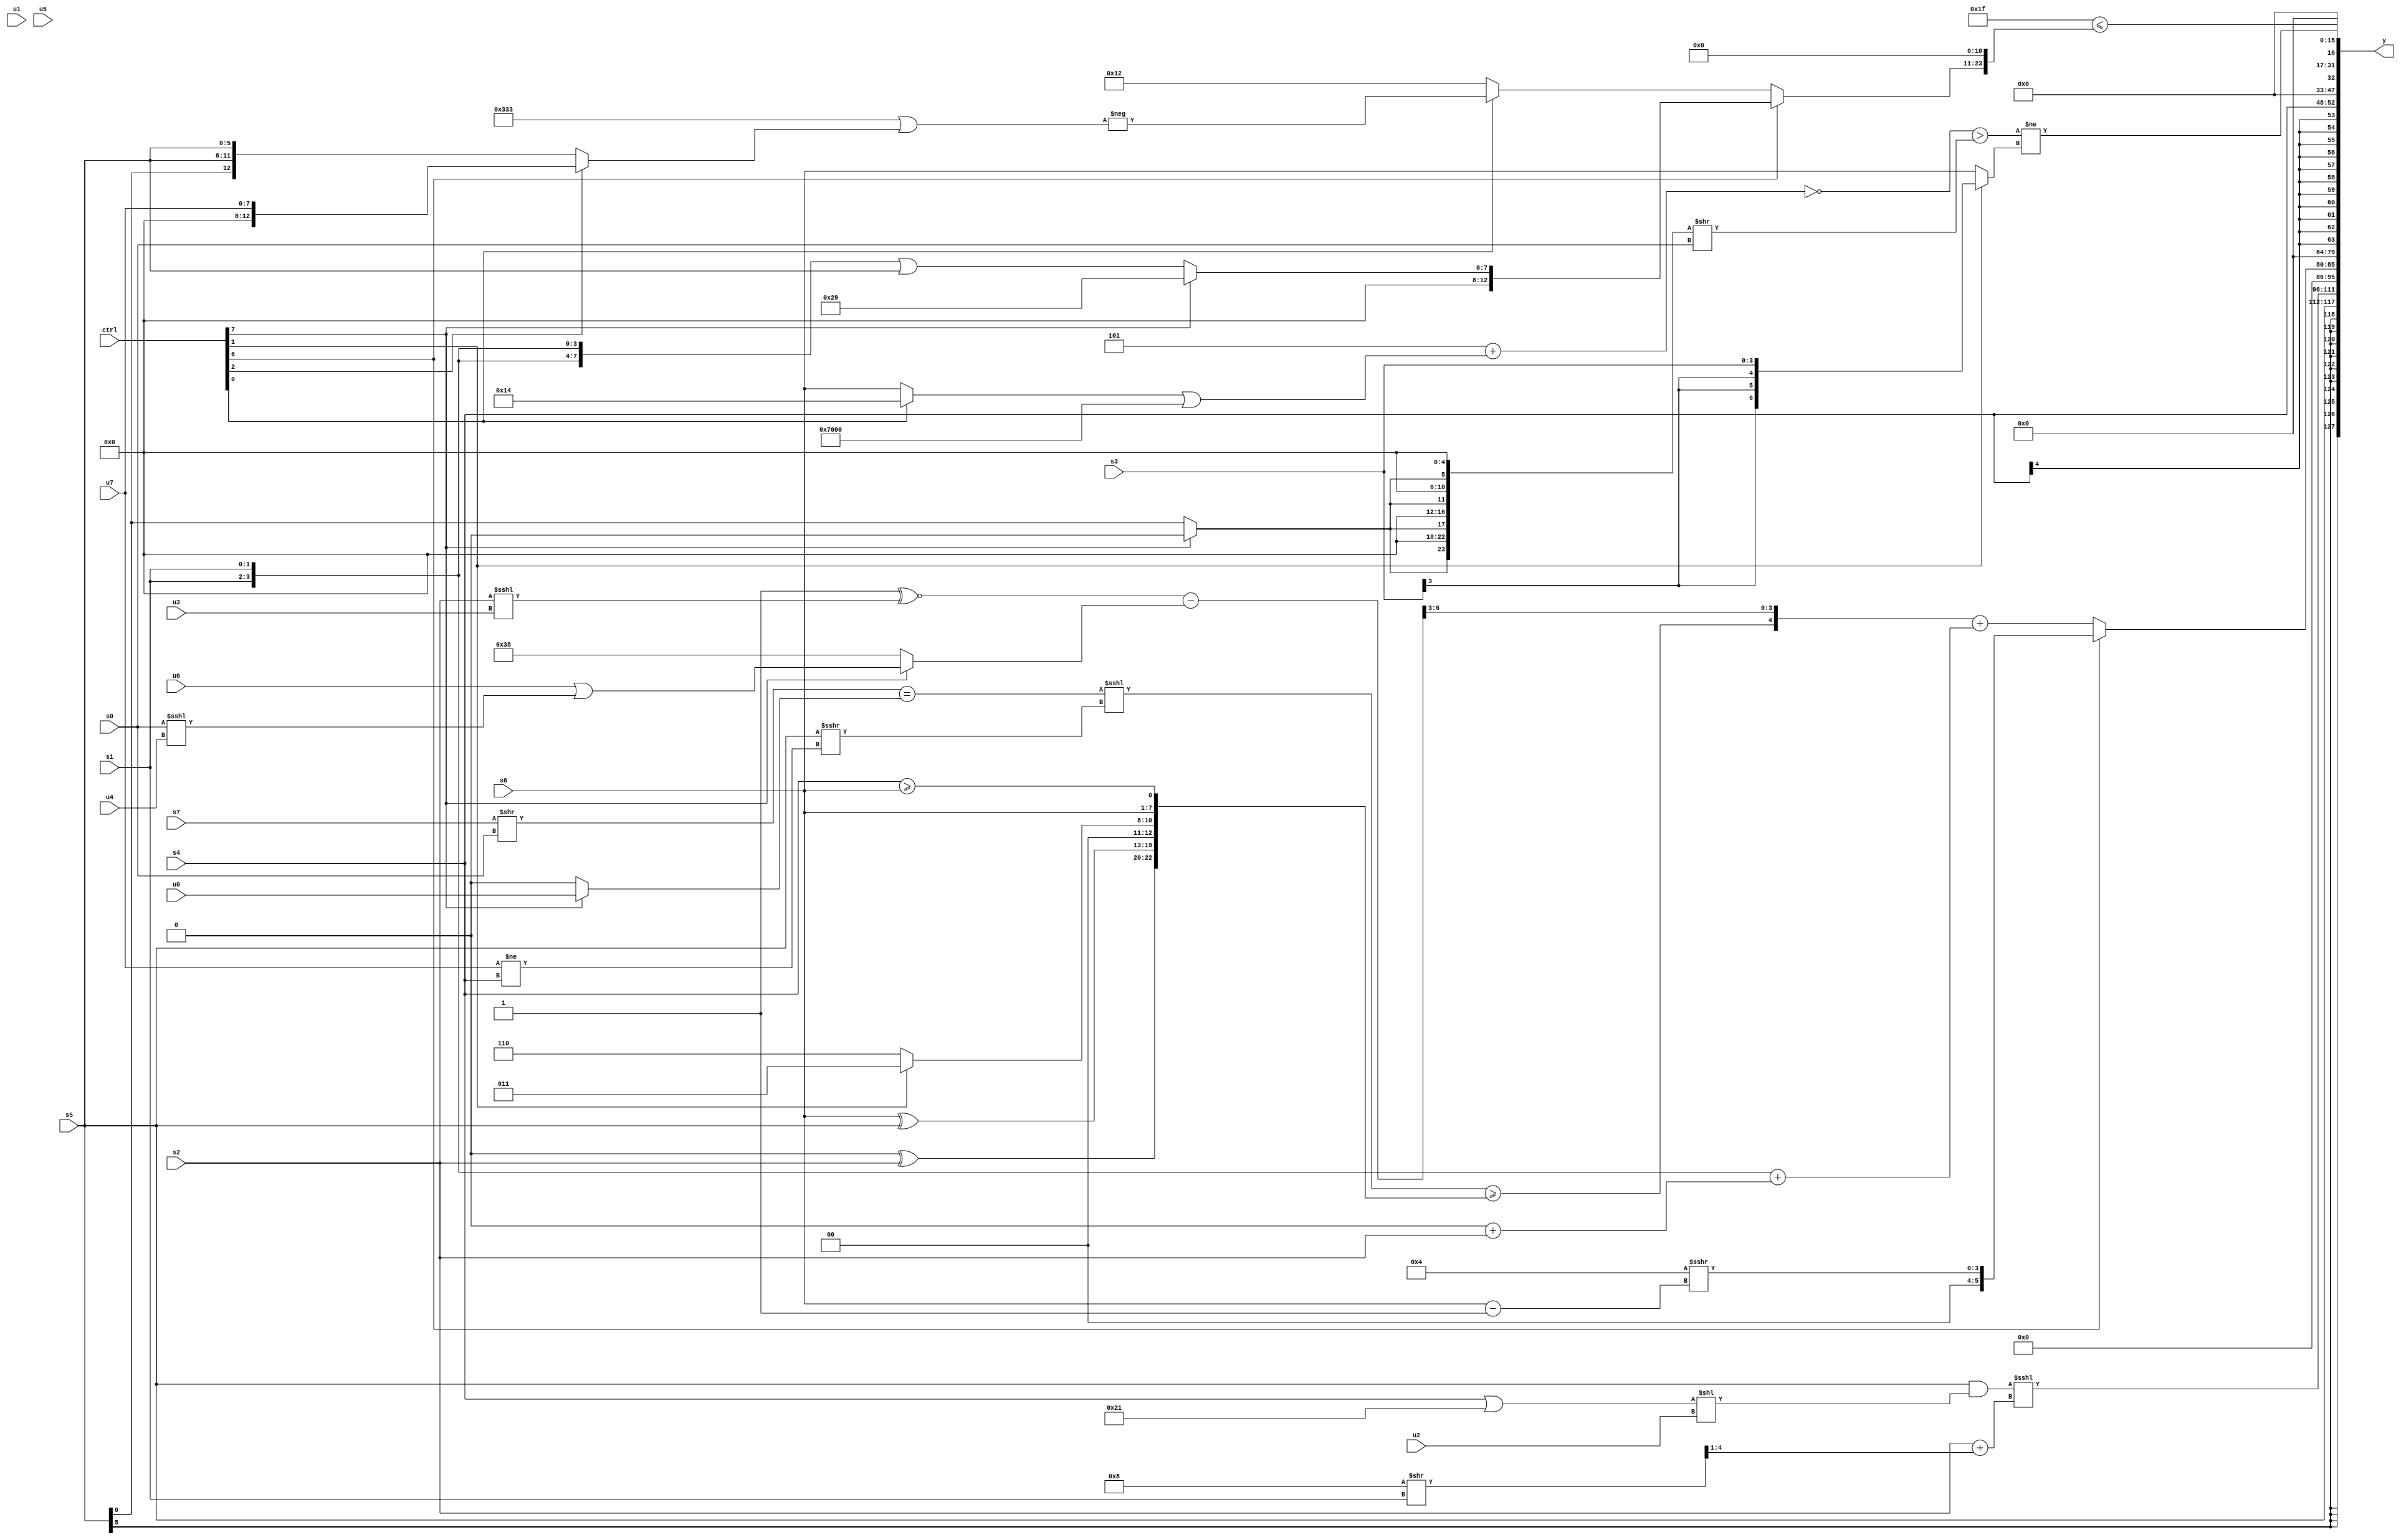
module wideexpr_00186(ctrl, u0, u1, u2, u3, u4, u5, u6, u7, s0, s1, s2, s3, s4, s5, s6, s7, y);
  input [7:0] ctrl;
  input [0:0] u0;
  input [1:0] u1;
  input [2:0] u2;
  input [3:0] u3;
  input [4:0] u4;
  input [5:0] u5;
  input [6:0] u6;
  input [7:0] u7;
  input signed [0:0] s0;
  input signed [1:0] s1;
  input signed [2:0] s2;
  input signed [3:0] s3;
  input signed [4:0] s4;
  input signed [5:0] s5;
  input signed [6:0] s6;
  input signed [7:0] s7;
  output [127:0] y;
  wire [15:0] y0;
  wire [15:0] y1;
  wire [15:0] y2;
  wire [15:0] y3;
  wire [15:0] y4;
  wire [15:0] y5;
  wire [15:0] y6;
  wire [15:0] y7;
  assign y = {y0,y1,y2,y3,y4,y5,y6,y7};
  assign y0 = s5;
  assign y1 = ((s5)&(((+(s4))|(6'sb100001))<<(u2)))<<<((s2)+(((5'sb01000)>>(s1))>>>(!((u6)<<(5'b01000)))));
  assign y2 = (ctrl[6]?{1{(4'sb0100)>>>($signed(($signed($signed(s6)))-(($signed((+(5'sb01111))>($signed(2'sb01))))>>>($unsigned(((1'sb0)>>(4'sb0000))<<((1'sb1)+(1'sb1)))))))}}:$unsigned((({((((s7)>>(s0))==((ctrl[7]?u0:1'sb0)))<<<(($signed(s5))>>>((u7)!=(s4))))>=({((2'sb00)>>>(4'sb0011))^(s2),$signed((s6)^(s5)),(ctrl[1]?(3'sb011)<<(2'b00):5'sb00110),{s6,(s4)>=(s6)}}),((1'b1)^~({(s2)<<<(u3)}))-((ctrl[7]?(u6)|((s0)<<<(u4)):$unsigned($signed(6'sb111000))))})>>>(2'sb11))+(({2{s1}})+((1'sb0)+(s2)))));
  assign y3 = +(1'b0);
  assign y4 = s4;
  assign y5 = (6'sb011111)<=(($signed((ctrl[6]?(ctrl[7]?+($unsigned(6'sb101001)):+($signed(({4{s1}})|(s5)))):(ctrl[0]?-(({3{-(4'sb1101)}})|((ctrl[2]?u7:{4{s5}}))):$signed(-(5'sb01110))))))<<(5'sb01011));
  assign y6 = ($signed((~((3'sb101)+(((ctrl[0]?5'sb10100:s6))|((6'sb111000)<<(4'sb1001)))))>(({4{((ctrl[7]?1'sb0:s5))<<((6'b000110)^(3'b011))}})>>(s0))))!=($signed((ctrl[1]?s3:s6)));
  assign y7 = 1'sb0;
endmodule